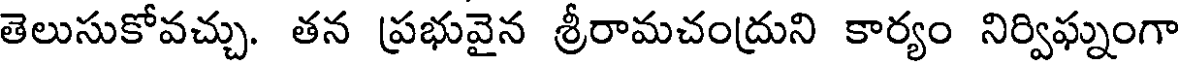
తెలుసుకోవచ్చు. తన ప్రభువైన శ్రీరామచంద్రుని కార్యం నిర్విఘ్నంగా